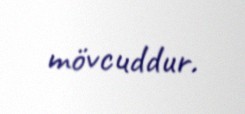
mövcuddur.